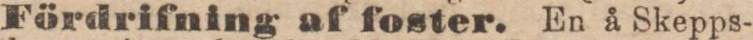
Fördrifning af foster. En å Skepps-